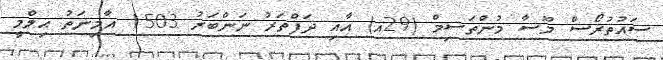
ސައުތުރޯސް މޫސާ މުންތަސިމް (29އ) އާއި ދަފްތަރު ނަންބަރު 1503 އާމިނަތު ޙިލްމީ